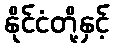
နိုင်ငံတို့နှင့်